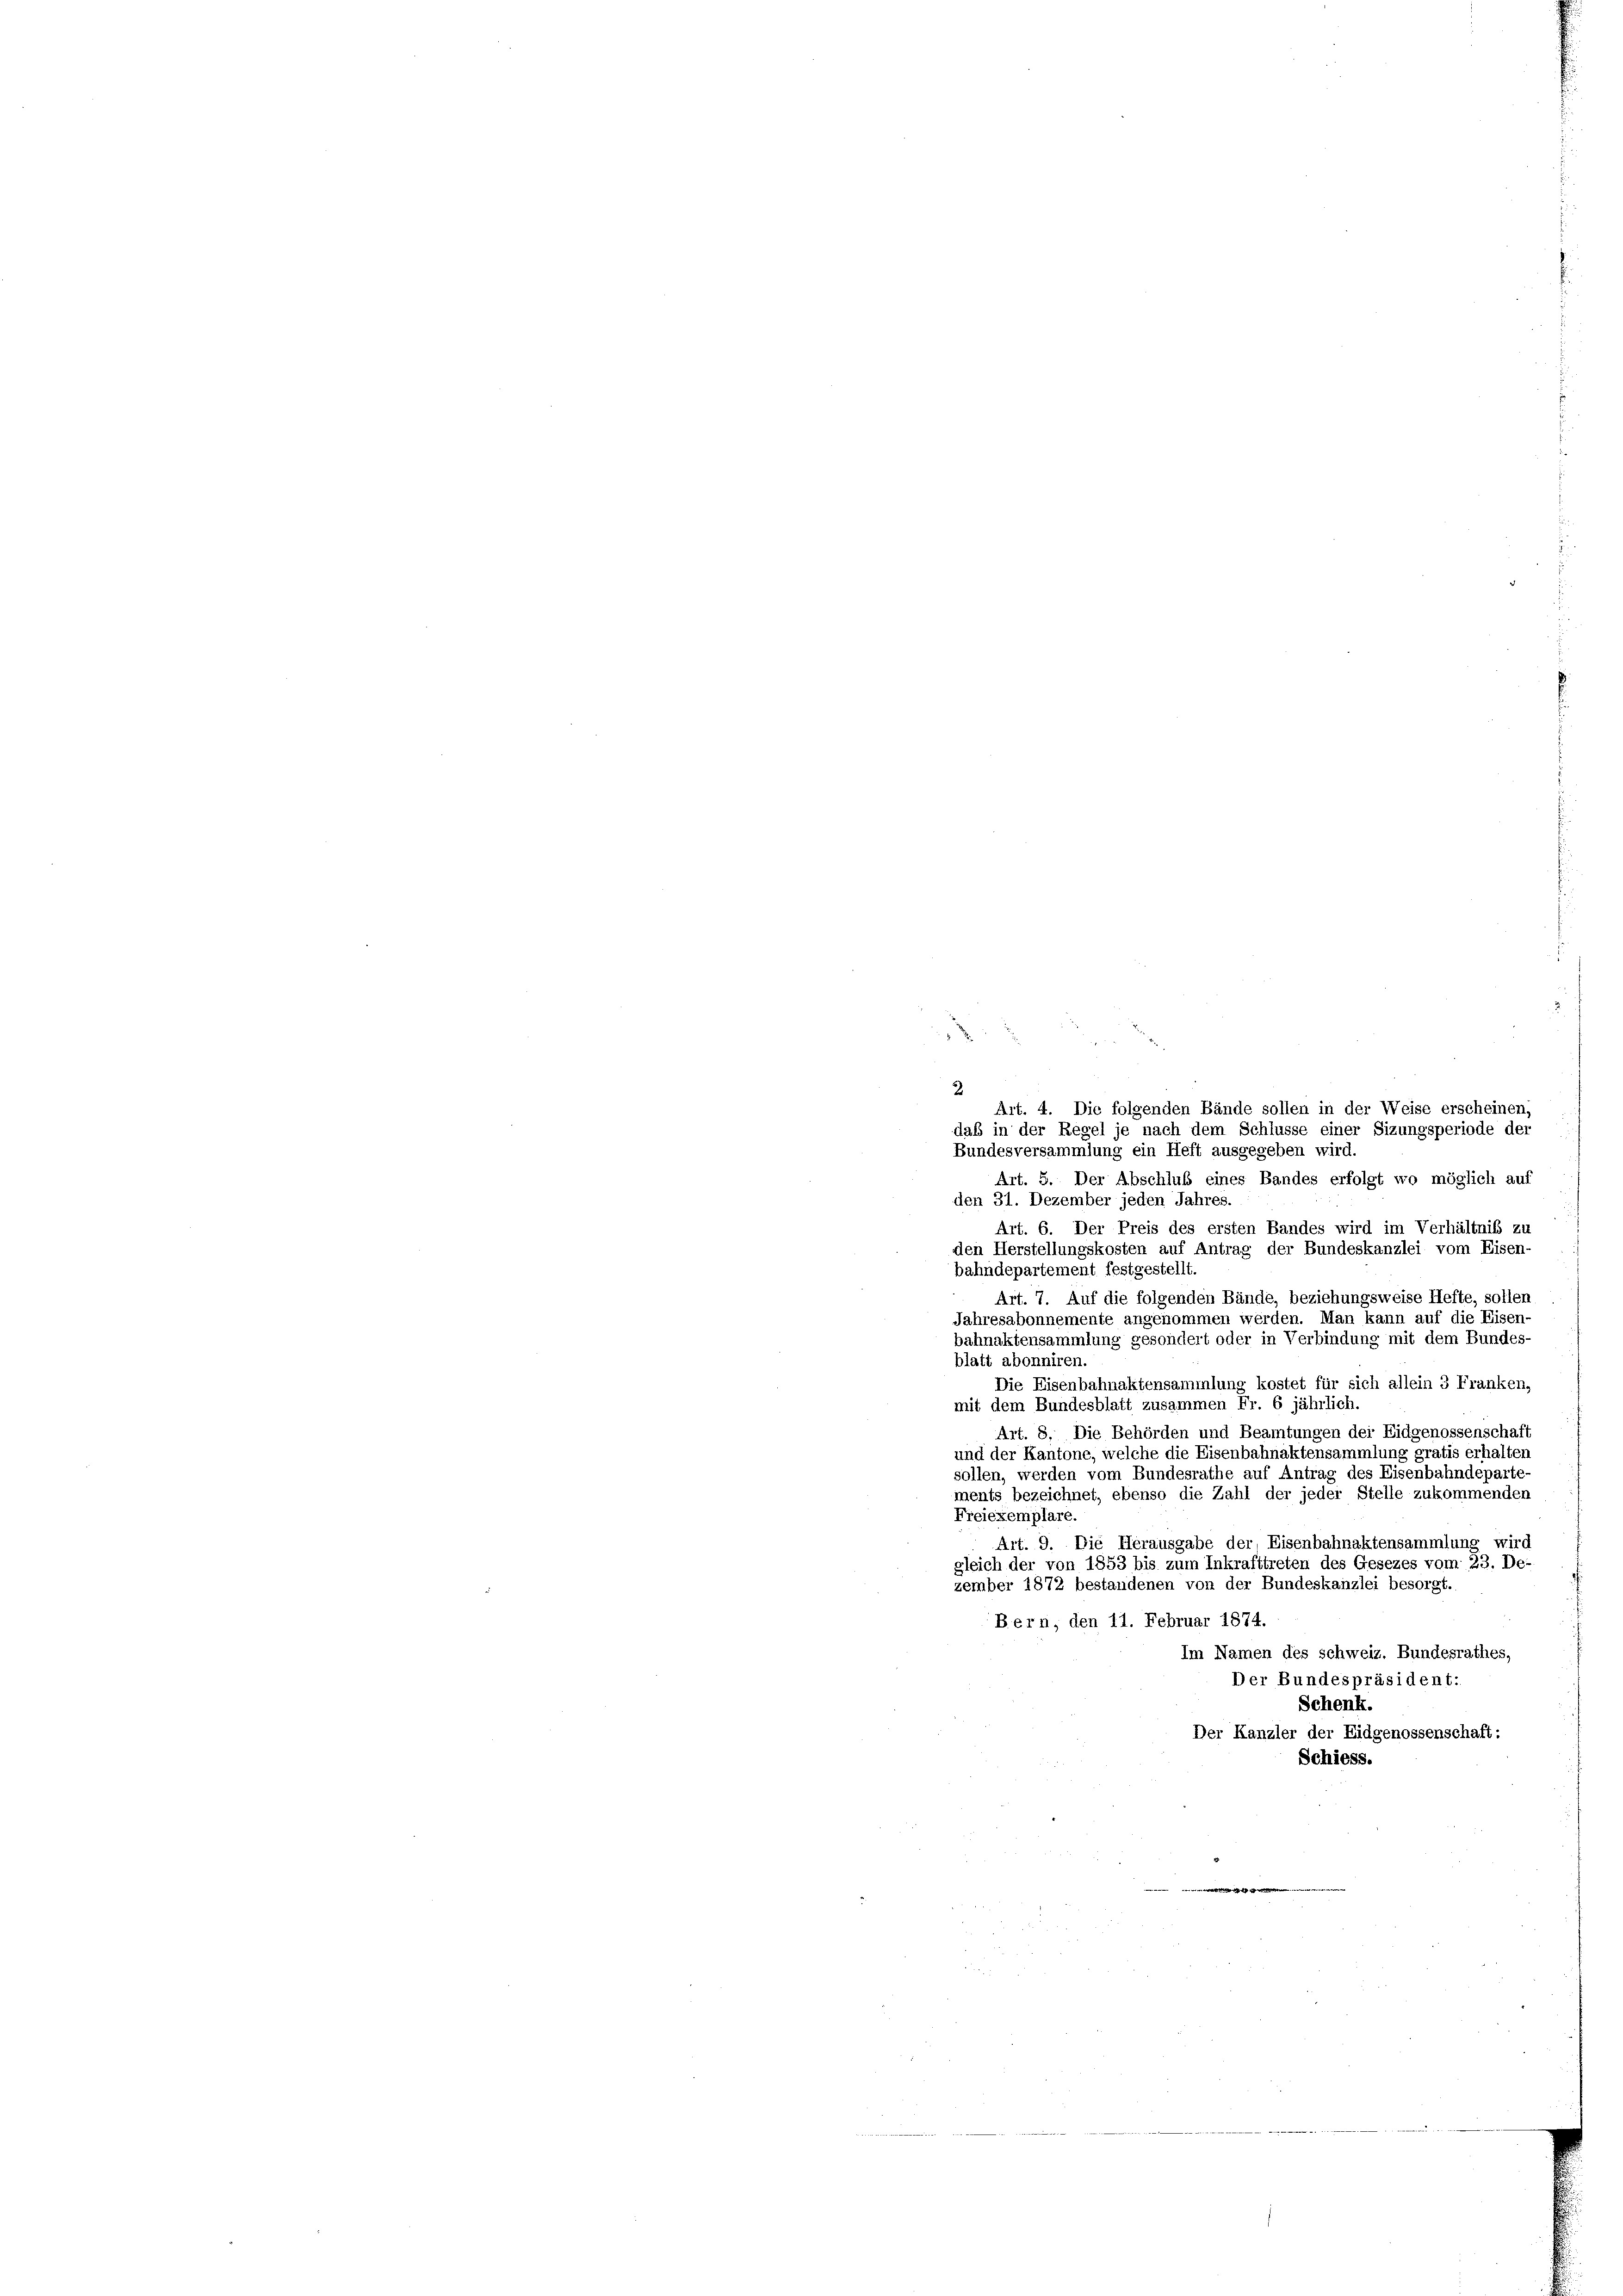
2
Art. 4. Die folgenden Bände sollen in der Weise erscheinen,
daß in der Regel je nach dem Schlüsse einer Sizungsperiode der
Bundesversammlung ein Heft ausgegeben wird.
Art. 5. Der Abschluß eines Bandes erfolgt wo möglich auf
den 31. Dezember jeden Jahres.
Art. 6. Der Preis des ersten Bandes wird
im Verhältnis zu
den Herstellungskosten auf Antrag der Bundeskanzlei vom Eisen-
bahndepartement festgestellt.
Art. 7. Auf die folgenden Bände, beziehungsweise Hefte, sollen
Jahresabonnemente angenommen werden. Man kann auf die Eisen
bahnaktensammlung gesondert oder in Verbindung mit dem Bundes-
blatt abonniren.
Die Eisenbahnaktensammlung kostet für sich allein 3 Franken,
mit dem Bundesblatt zusammen Fr. 6 jährlich.
Art. 8. Die Behörden und Beamtungen der Eidgenossenschaft
und der Kantone, welche die Eisenbahnaktensammlung gratis erhalten
sollen, werden vom Bundesrathe auf Antrag des Eisenbahndeparte
ments bezeichnet, ebenso die Zahl der jeder Stelle zukommenden
Freiexemplare.
Art. 9. Die Herausgabe der, Eisenbahnaktensammlung wird
gleich der von 1853 bis zum Inkrafttreten des Gesezes vom 23. De-
zember 1872 bestandenen von der Bundeskanzlei besorgt.
Bern, den 11. Februar 1874.
Im Namen des schweiz. Bundesrathes,
Der Bundespräsident:
Schenk.
Der Kanzler der Eidgenossenschaft:
Schiess.